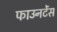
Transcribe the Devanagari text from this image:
फाउनटेंस